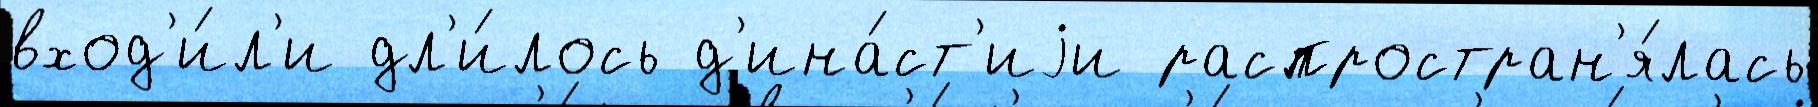
вход'и́л'и дл'и́лось д'ина́ст'иjи распростран'я́лась